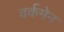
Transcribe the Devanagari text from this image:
वर्कमेन